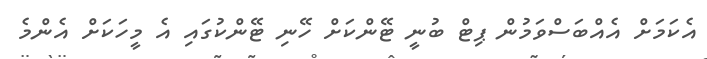
އެކަމަށް އެއްބަސްވަމުން ޕިޓް ބުނީ ޓޭންކަށް ހޭނި ޓޭންކުގައި އެ މީހަކަށް އެންމެ